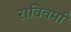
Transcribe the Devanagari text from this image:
राविवर्मा